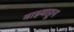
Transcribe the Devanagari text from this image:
माझ्याहून